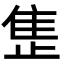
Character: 𬯪